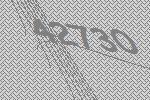
42730